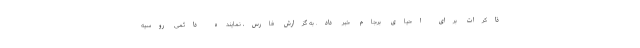
ذاکرات برای احیای برجام خبر داد. به گزارش فارس، نماینده دائمی روسیه